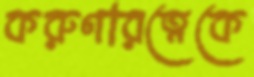
করুণারত্নেকে